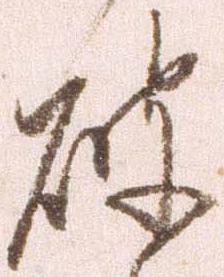
破